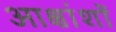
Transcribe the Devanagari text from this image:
आक्षांशों